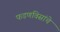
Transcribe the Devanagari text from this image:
फडणविसांचे